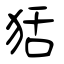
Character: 狧